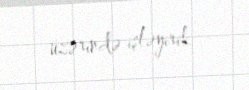
üzərində işləyirik.